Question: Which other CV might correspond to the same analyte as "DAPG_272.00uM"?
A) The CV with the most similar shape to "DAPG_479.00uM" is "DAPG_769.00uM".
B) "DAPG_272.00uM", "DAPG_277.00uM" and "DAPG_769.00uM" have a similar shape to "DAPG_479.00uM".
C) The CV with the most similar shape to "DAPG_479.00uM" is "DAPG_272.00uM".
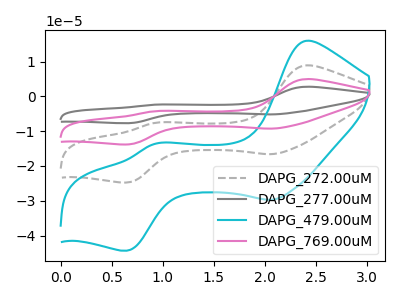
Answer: <think>The gray dashed curve "DAPG_272.00uM" has anodic peaks at (2.40V, 8.90uA) (0.90V, -7.65uA) and cathodic peaks at (2.05V, -16.60uA) (0.65V, -24.75uA). The gray curve "DAPG_277.00uM" has anodic peaks at (2.40V, 26.75uA) (0.90V, -22.90uA) and cathodic peaks at (2.05V, -49.80uA) (0.65V, -74.25uA). The cyan curve "DAPG_479.00uM" has anodic peaks at (2.40V, 16.00uA) (0.90V, -13.65uA) and cathodic peaks at (2.05V, -29.70uA) (0.65V, -44.35uA). The pink curve "DAPG_769.00uM" has anodic peaks at (2.40V, 17.85uA) (0.90V, -15.25uA) and cathodic peaks at (2.05V, -33.20uA) (0.65V, -49.50uA).
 All the peaks in "DAPG_272.00uM" have a peak in "DAPG_277.00uM" at the same potential. All the peaks in "DAPG_272.00uM" have a peak in "DAPG_479.00uM" at the same potential. All the peaks in "DAPG_272.00uM" have a peak in "DAPG_769.00uM" at the same potential. All the peaks in "DAPG_277.00uM" have a peak in "DAPG_479.00uM" at the same potential. All the peaks in "DAPG_277.00uM" have a peak in "DAPG_769.00uM" at the same potential. All the peaks in "DAPG_479.00uM" have a peak in "DAPG_769.00uM" at the same potential.</think>
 <answer>B) "DAPG_272.00uM", "DAPG_277.00uM" and "DAPG_769.00uM" have a similar shape to "DAPG_479.00uM".</answer>
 <eval>B</eval>